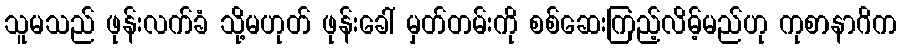
သူမသည် ဖုန်းလက်ခံ သို့မဟုတ် ဖုန်းခေါ် မှတ်တမ်းကို စစ်ဆေးကြည့်လိမ့်မည်ဟု ကုစာနာဂိက